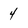
Character: 4